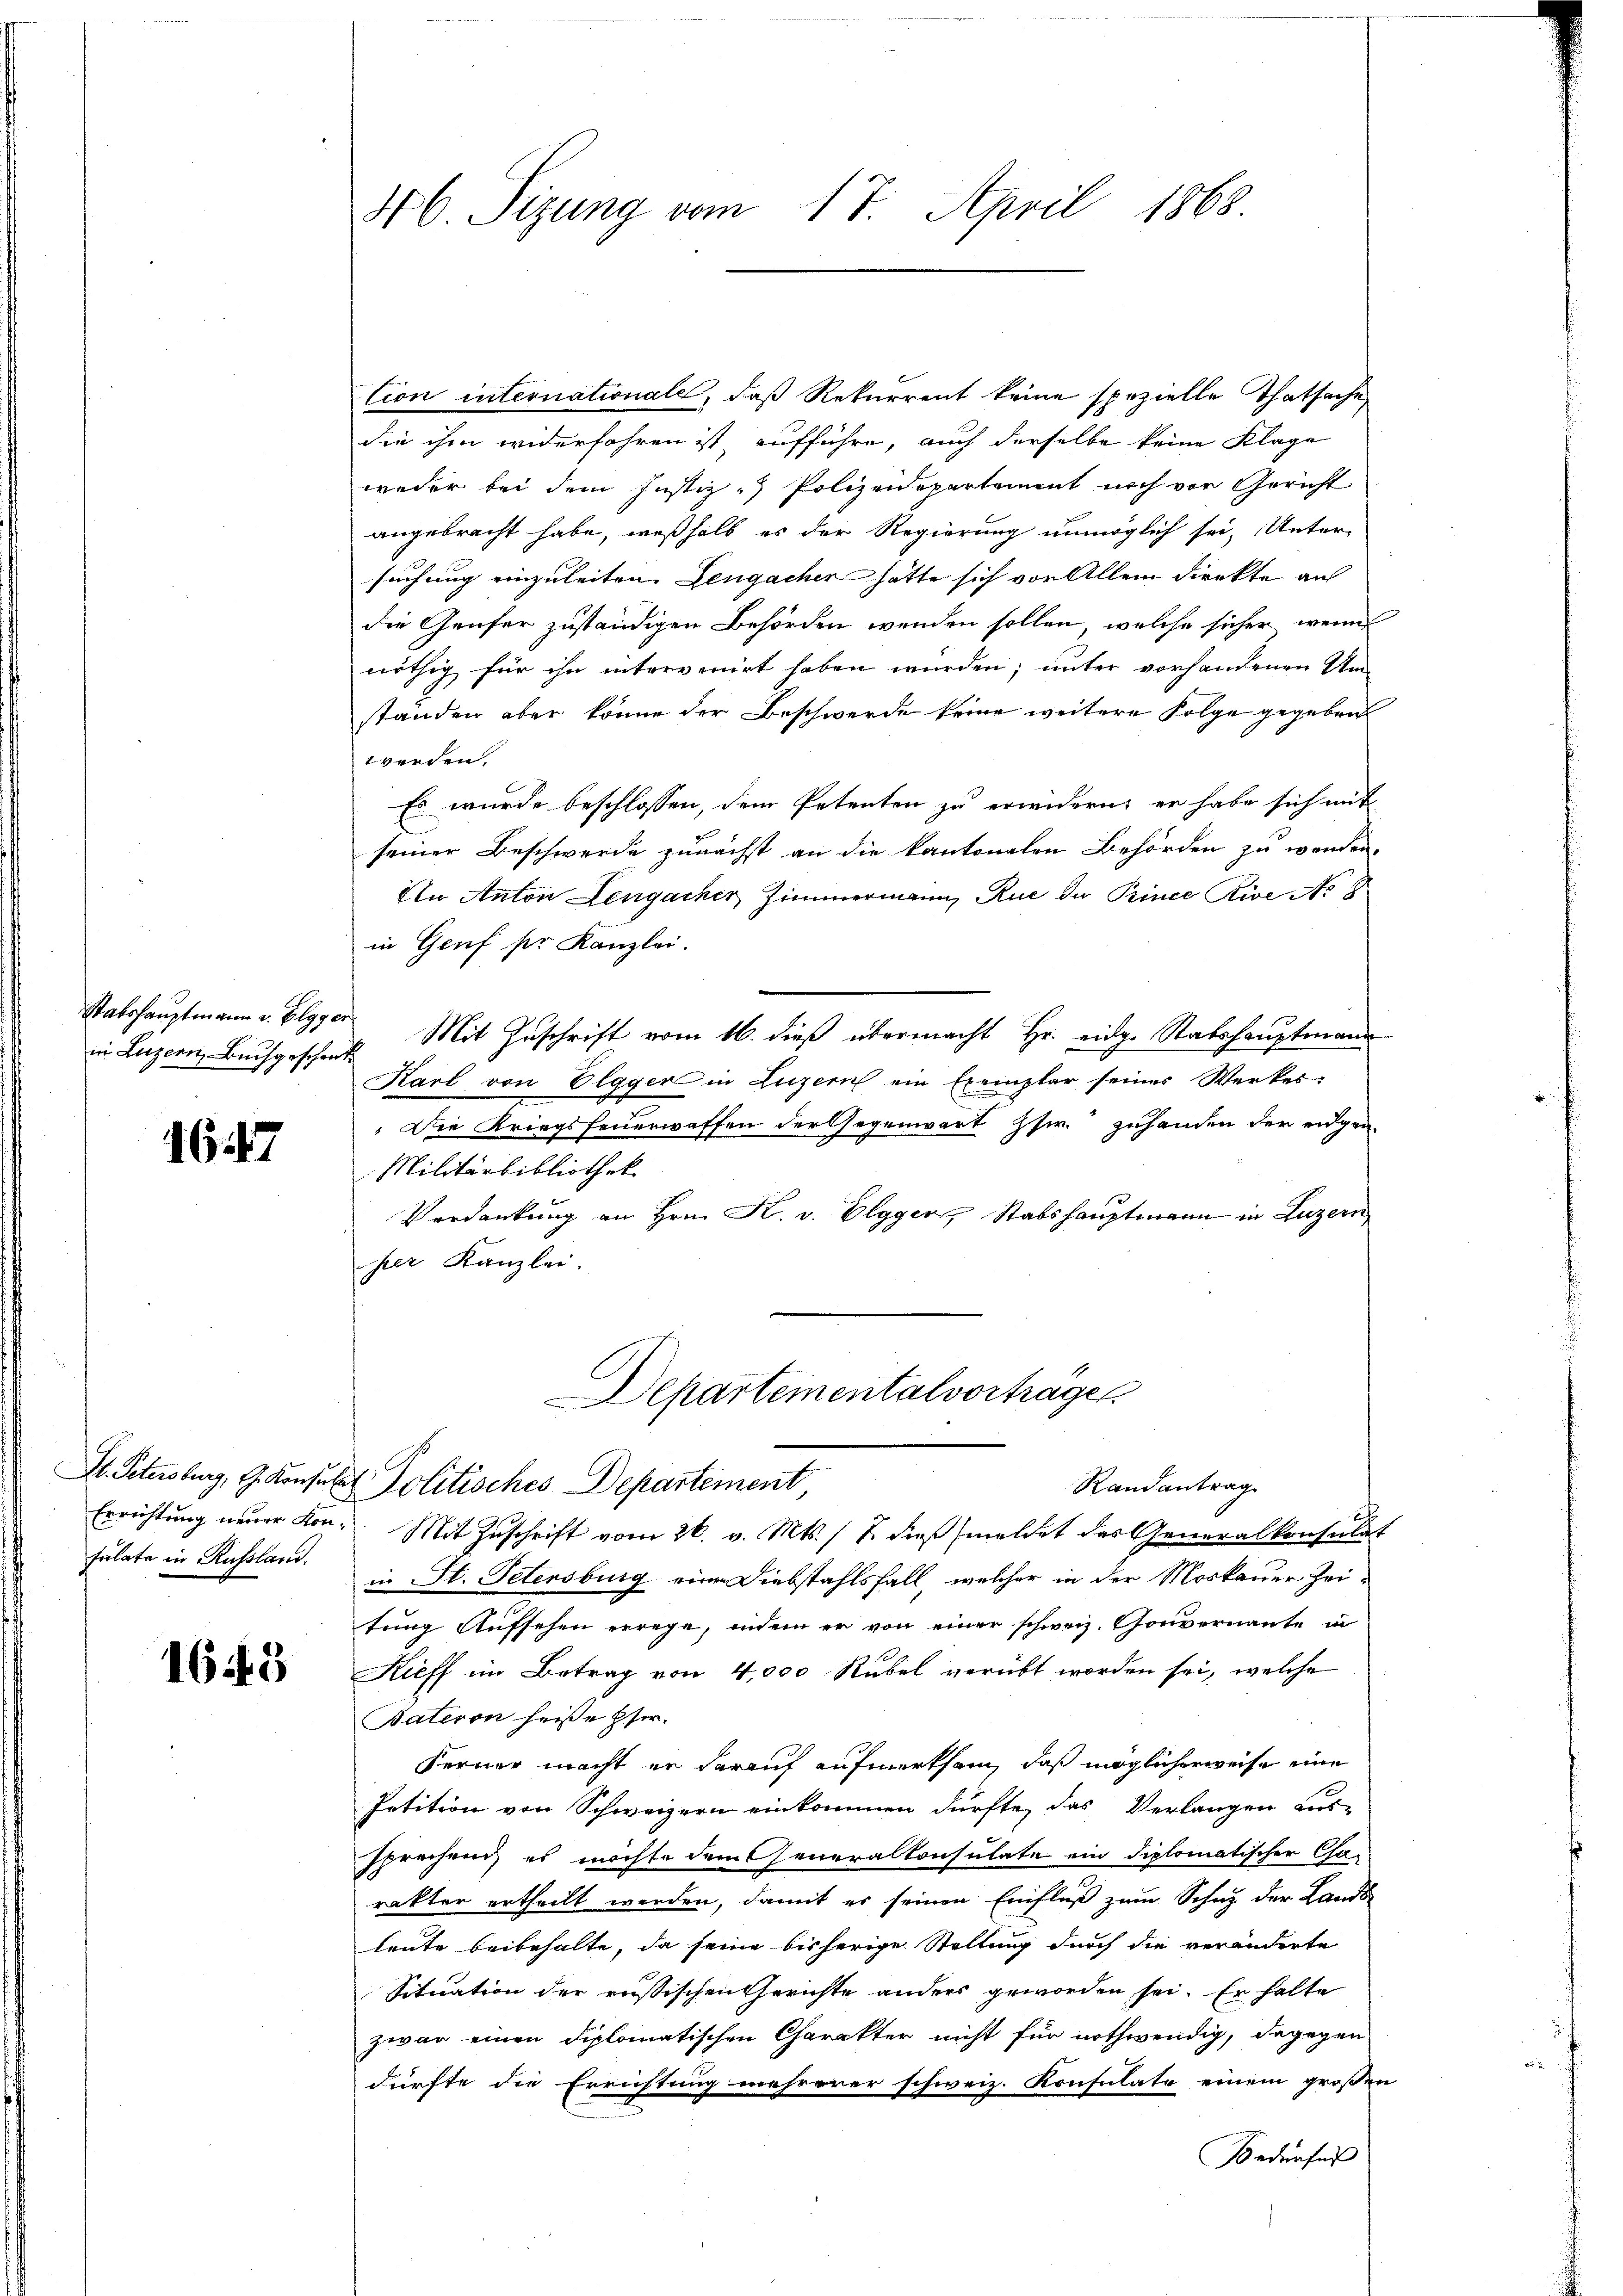
Stabshauptmann v. Elgg er
in Luzern, Buchgeschont

1647

sulate in Russland.

1643

46. Sizung vom 17. April 1868.

tion internationale, daß Rekurrent keine spezielle Thatsache
die ihm widerfahren ist aufführe, auch derselbe keine Klage
weder bei dem Justiz- Polizeidepartement noch vor Gericht
angebracht habe, weßhalb es der Regierung unmöglich sei, Unter-
suchung einzuleiten. Lengacher hätte sich vor Allem direkte aus
die Genfer zuständigen Behörden werden sollen, welche sicher wenn
nöthig für ihn intervenirt haben würden; unter vorhandenen Um-
ständen aber könne der Beschwerde keine weitere Folge gegeben
werden.
Es wurde beschlossen, dem Petenten zu erwidern, er habe sich mit
seiner Beschwerde zunächst an die kantonalen Behörden zu werden,
In Anton Lengacker, Zimmermann, Rue de Prince Rive Nr. 8
in Genf ser Kanzlei.
Mit Zuschrift vom 16. dieß übermacht Hr. eidg. Statshauptmann
Karl von Elgger in Luzern ein Exemplar seiner Werkes
 Die Kriegsfeuerwaffen der Gegenwart Gsw. zuhanden der eidgen.
Militärbibliothek
Verdankung an Hrn. K. v. Elgger, Stabshauptmann in Luzern
her Kanzlei.
Departementalvortrage

I. Petersburg, G. Konsulat Politisches Departement
Randantrag

Errichtŭng neuer Kon. Mit Zŭschrift vom 26. v. Mts. (T. dieβ meldet das Generalkonsulat
in St. Petersburg eine Diebstahlsfall, welcher in der Moskauer Zei-
tung Aufsehen errege, indem er von einer schweiz. Gouvernannte in
Kieff im Betrag von 4,000 Rubel verübt worden sei, welche
Pateron heiße Eser.
Ferner macht er darauf aufmerksam, daß möglicherweise eine
Petition von Schweizern einkommen dürfte, das Verlangen aus-
sprechen, es möchte dem Generalkonsulate ein diplomatischer Cha-
rakter ertheilt werden, damit es seinen Einfluß zum Schaz der Lands
leute beibehalte, da seine bisherige Stellung durch die veränderte
Situation der russischen Gerichte anders geworden sei. Er halte
zwar einen diplomatischen Charakter nicht für nothwendig, dagegen
dürfte die Errichtung mehrerer schweiz. Konsulate einem großen
Bedürfnis